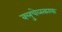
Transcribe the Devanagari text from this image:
क्लुचेव्स्काया